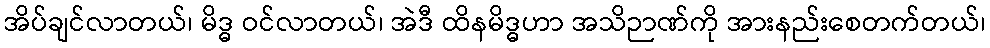
အိပ်ချင်လာတယ်၊ မိဒ္ဓ ဝင်လာတယ်၊ အဲဒီ ထိနမိဒ္ဓဟာ အသိဉာဏ်ကို အားနည်းစေတက်တယ်၊